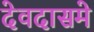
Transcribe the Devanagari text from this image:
देवदासमे